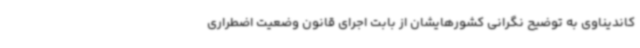
کاندیناوی به توضیح نگرانی کشورهایشان از بابت اجرای قانون وضعیت اضطراری